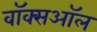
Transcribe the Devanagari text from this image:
वॉक्सऑल